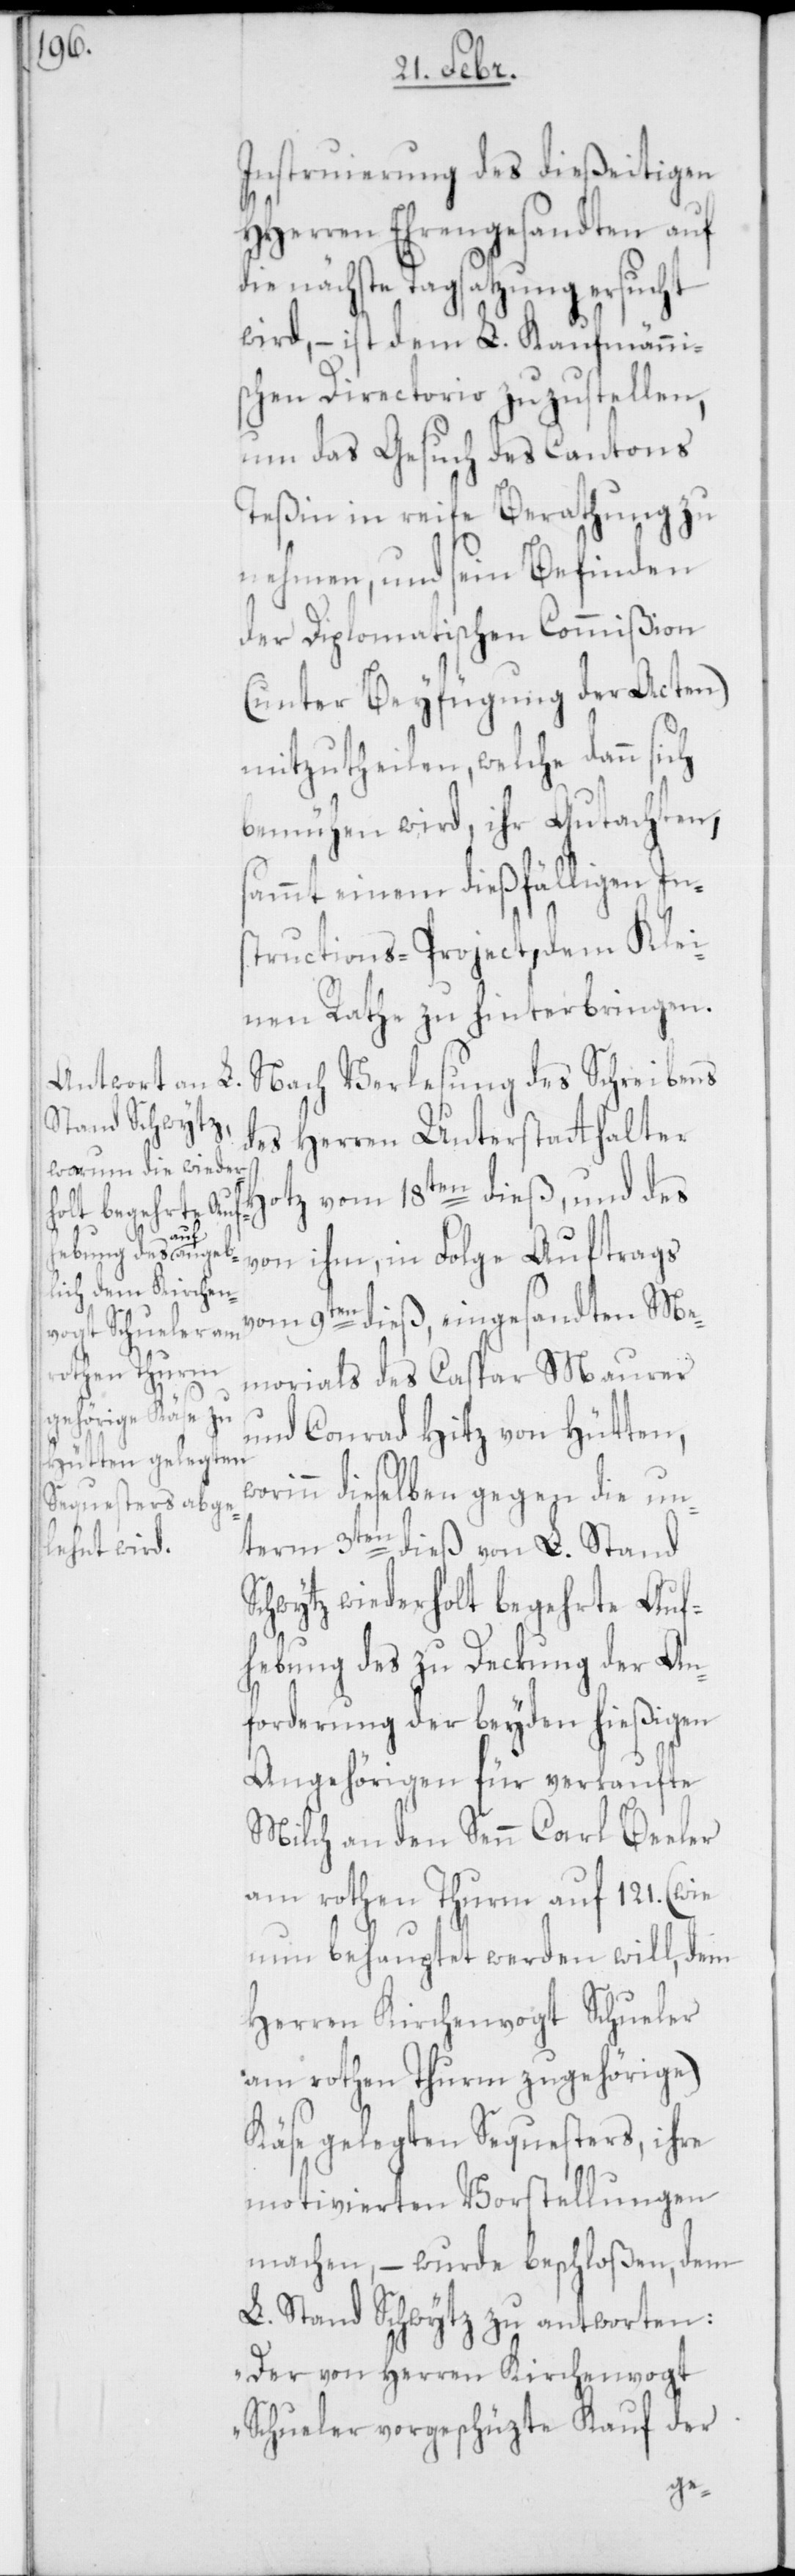
H¬

Instruierung des dießeitigen
HHerren Ehrengesandten auf
die nächste Tagsatzung ersucht
wird, – ist dem L. Kaufmänni¬
schen Directorio zuzustellen,
um das Gesuch des Cantons
Teßin in reife Berathung zu
nehmen, und sein Befinden
der Diplomatischen Commißion
(unter Beyfügung der Acten)
mitzutheilen, welche dann
bemühen wird, ihr Gutachten,
sammt einem dießfälligen In¬
structions-Project, dem Klei¬
nen Rathe zu hinterbringen.
Nach Verlesung des Schreibens
des Herren Unterstatthalter
otz vom 18ten dieß, und des
von ihm, in Folge Auftrags
vom 9ten dieß, eingesandten Me¬
morials des Caspar Maurer
und Conrad Hitz von Hütten,
worinn dieselben gegen die un¬
term 3ten dieß von L. Stand
Schwytz wiederholt begehrte Auf¬
hebung des zu Deckung der An¬
forderung der beyden hießigen
Angehörigen für verkaufte
Milch an den Senn Carl Beeler
am Rothenturm auf 121. (wie
nun behauptet werden will, dem
Herren Kirchenvogt Schueler
am rothen Thurm zugehörige)
Käse gelegten Sequesters, ihre
motivierten Vorstellungen
machen, – wurde beschloßen, dem
L. Stand Schwytz zu antworten:
„Der von Herren Kirchenvogt
Schueler vorgeschüzte Kauf der